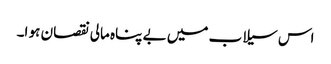
اس سیلاب میں بے پناہ مالی نقصان ہو ا۔